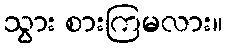
သွား စားကြမလား။